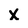
Character: x